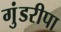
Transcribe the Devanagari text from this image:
गुंडरीपा